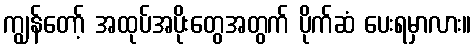
ကျွန်တော့် အထုပ်အပိုးတွေအတွက် ပိုက်ဆံ ပေးရမှာလား။